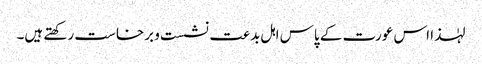
لہٰذا اس عورت کے پاس اہل بدعت نشست و برخاست رکھتے ہیں۔